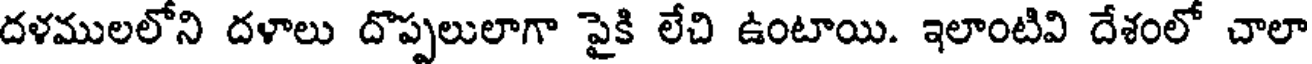
దళములలోని దళాలు దొప్పలులాగా పైకి లేచి ఉంటాయి. ఇలాంటివి దేశంలో చాలా